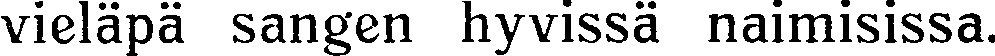
vieläpä sangen hyvissä naimisissa.